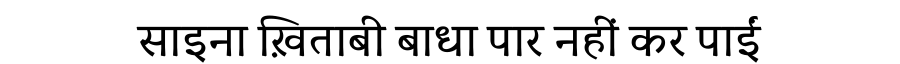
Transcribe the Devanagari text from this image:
साइना ख़िताबी बाधा पार नहीं कर पाईं